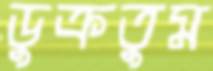
ডুক্‌রতুম